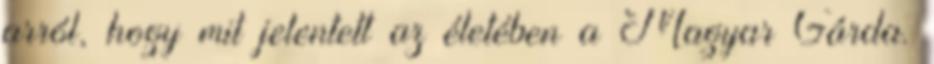
arról, hogy mit jelentett az életében a Magyar Gárda.